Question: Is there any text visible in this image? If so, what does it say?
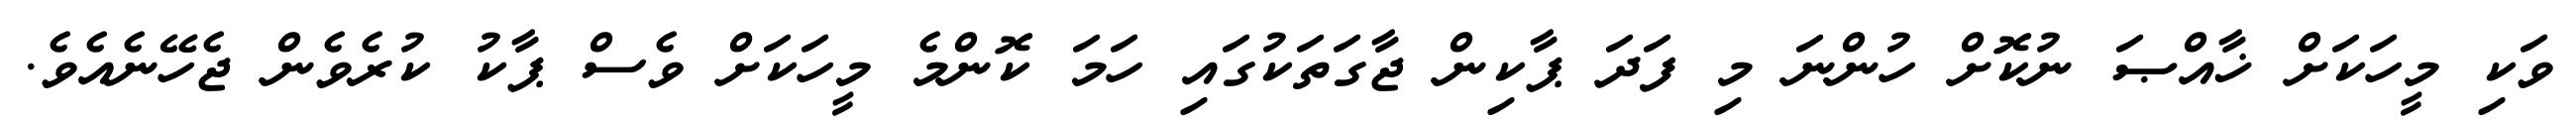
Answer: ވަކި މީހަކަށް ޚާއްޞަ ނުކޮށް ހުންނަ މި ފަދަ ޕާކިން ޖާގަތަކުގައި ހަމަ ކޮންމެ މީހަކަށް ވެސް ޕާކު ކުރެވެން ޖެހޭނެއެވެ.